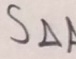
S _ { \Delta } A